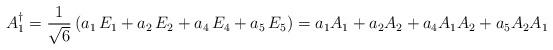
LaTeX: \begin{align*}A_1^{\dagger} = \frac{1}{\sqrt{6}} \left(a_1\, E_1 + a_2\, E_2 + a_4\, E_4 + a_5 \, E_5\right) = a_1 A_1 + a_2 A_2 + a_4 A_1 A_2 + a_5 A_2 A_1 \end{align*}